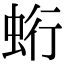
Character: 𧊽